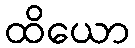
ထိယော